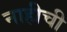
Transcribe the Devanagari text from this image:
नाहीची